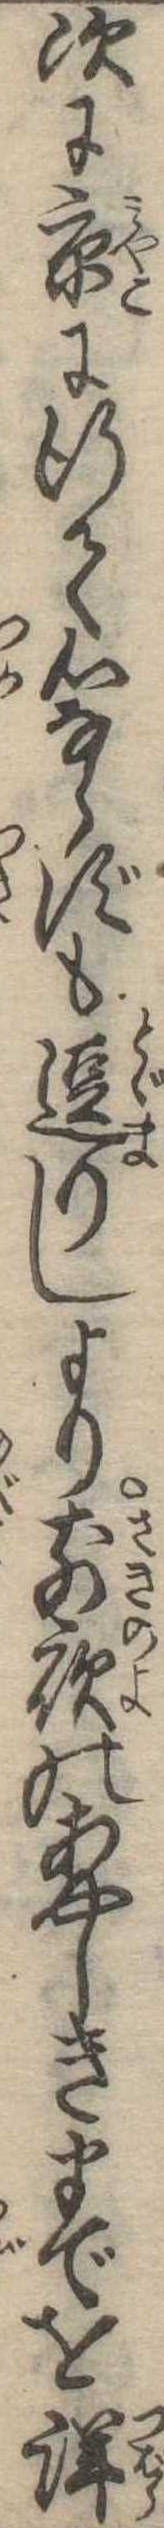
次に京に行て心ならずも逗りしより前夜のあやしきまでを詳